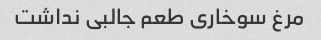
مرغ سوخاری طعم جالبی نداشت